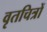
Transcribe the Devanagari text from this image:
वृतचित्रों